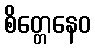
စိတ္တေနေဝ